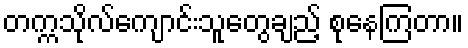
တက္ကသိုလ်ကျောင်းသူတွေချည့် စုနေကြတာ။